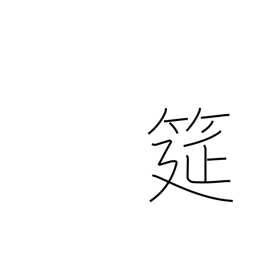
Meaning: straw mat